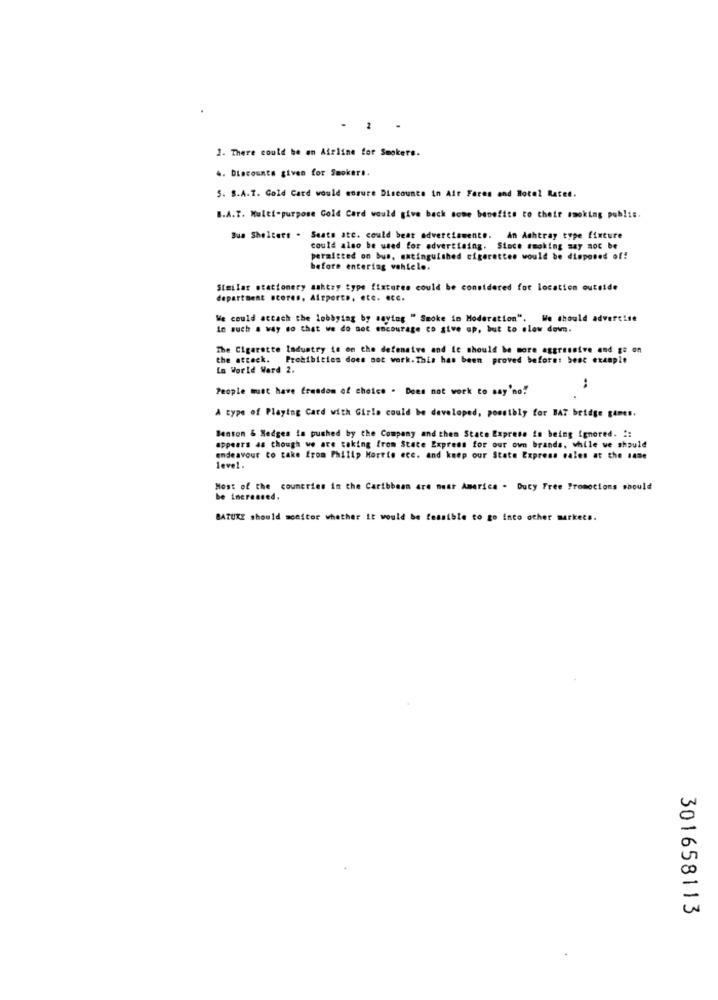
- 2 .
3. There could be an Airline for Smokers.
4. Diecounta given for Smokers.
S. S.A.T. Gold Card would ensure Discounts in Ait Fares and Hotel Rates.
B.A.T. Multi-purpose Gold Card would give back some benefits to their smoking publis.
Bus Shelters . Seats atc. could beat advertismente. An Ashtray type fixture
could also be used for advertising. Since smoking say noc be
permitted on bus. extinguished cigarettes would be disposed of!
before entering vahtele.
Similar stationery saktry type fixtures could be considered for location outside
department scores, Airports, etc. etc.
We could attach the lobbying by saying " Smoke in Moderation",
We should advertise
In such a way so that we do not encourage co give up, but to slow down.
The Cigarette Industry io on the defensive and ic should be more aggressive and go on
the attack. Prohibition does not work. This has been proved before: best example
La World Ward 2.
People must have Erandom of choice . Does not work to say 'no!
:
A type of Playing Card with Girls could be developed, possibly for BAT bridge games.
Benson & Hedges is pushed by the Company and then State Exprese im being ignored. ::
appears as though we are taking from State Express for our own brands, while we should
endeavour to take from Philip Morris ecc. and keep our State Express cales at the 1484
level.
Most of the countries in the Caribbean are near America - Duty Free Promotions should
be increased.
BATUXE should monitor whether it would be feasible to go into other markets.
301658113